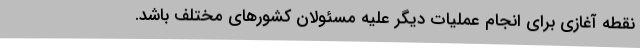
نقطه آغازی برای انجام عملیات دیگر علیه مسئولان کشورهای مختلف باشد.